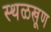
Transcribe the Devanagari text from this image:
स्थळखूण